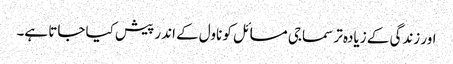
اور زندگی کے زیادہ تر سماجی مسائل کو ناول کے اندر پیش کیا جاتا ہے۔